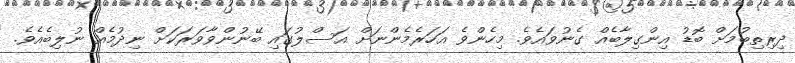
ދިރިތިބުމަށް ބޮޑު އިންގިލާބެއް ގެނުވައެވެ. މިހެންވެ އަހަރެމެންނަށް އަސްލުގައި ބޭނުންވާވަރަކަށް ނިދުމެއް ނުލިބެއެވެ.